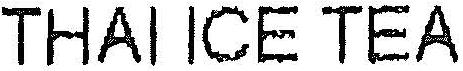
THAI ICE TEA